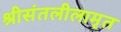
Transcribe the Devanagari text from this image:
श्रीसंतलीलामृत